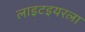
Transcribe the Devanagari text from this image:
लाइटइयरला